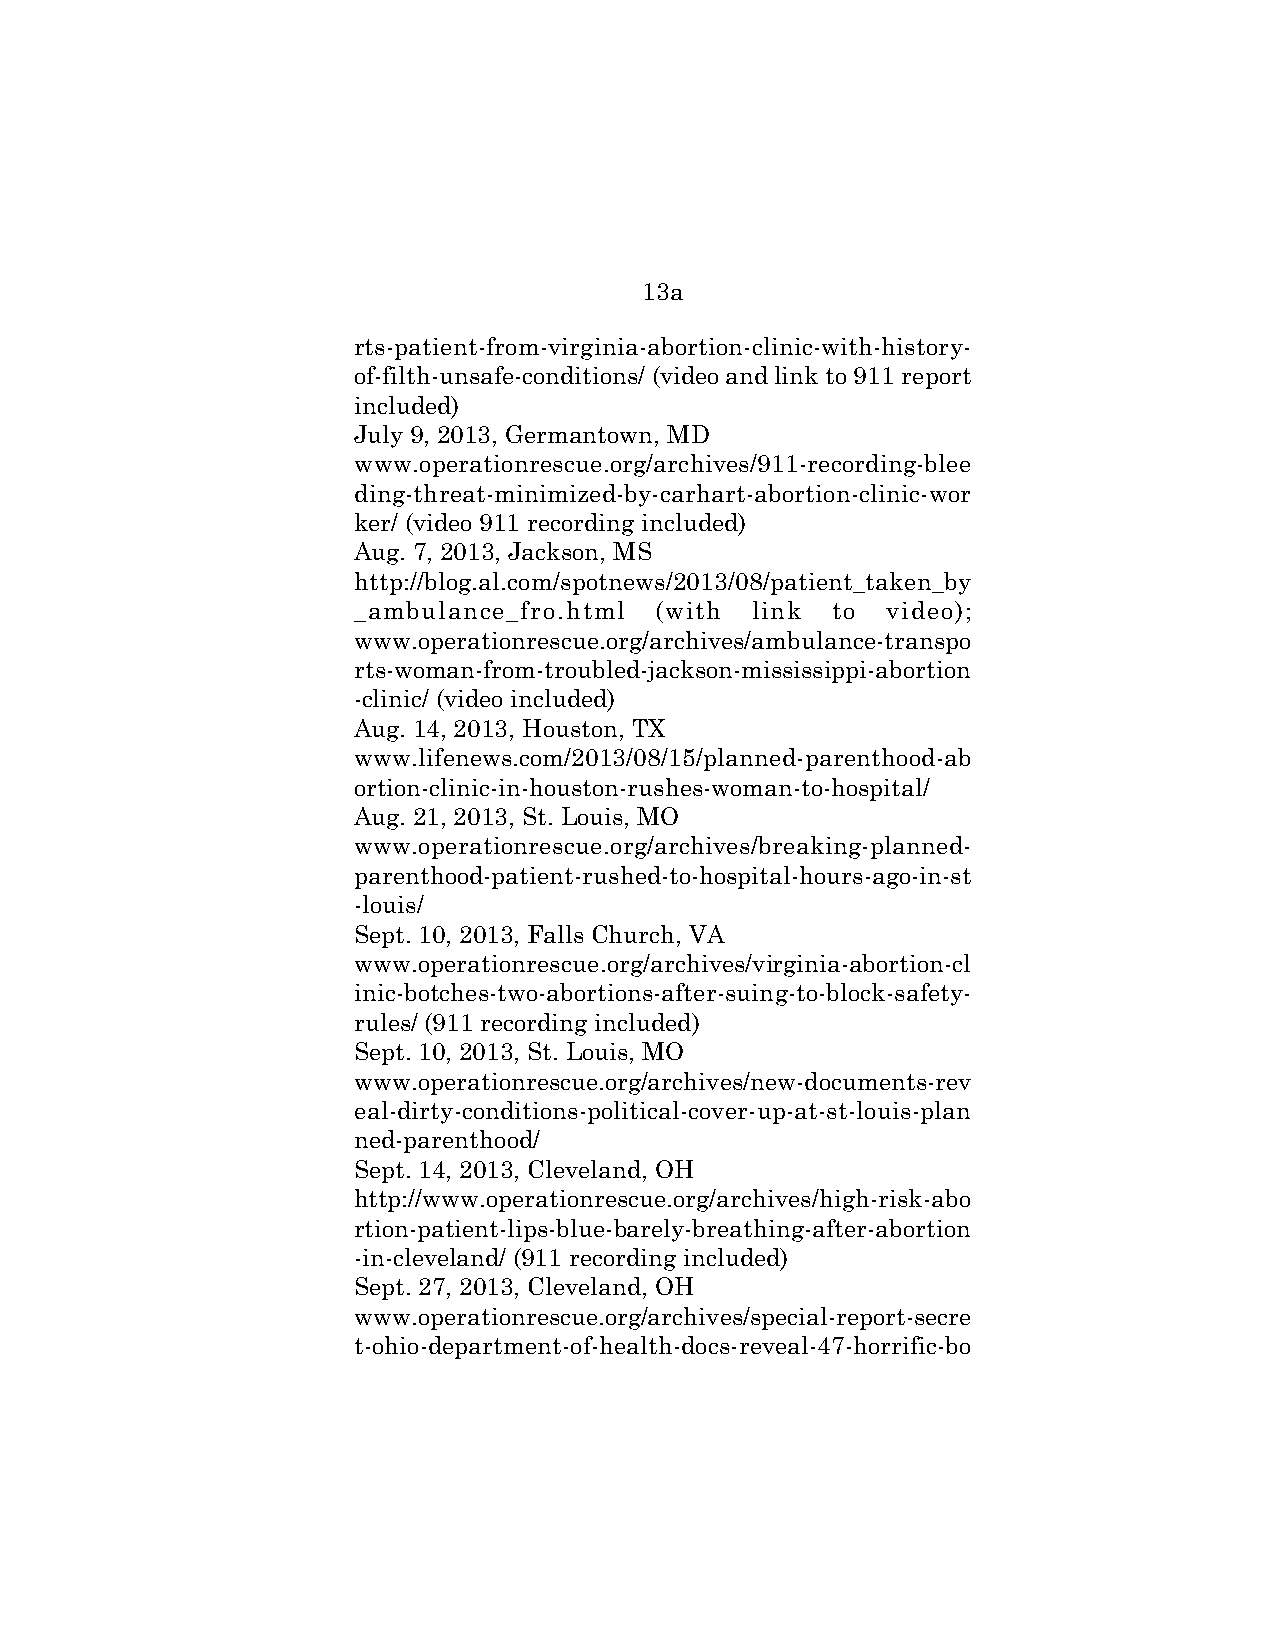
13a
 rts-patient-from-virginia-abortion-clinic-with-history-
 of-filth-unsafe-conditions/ (video and link to 911 report
 included)
 July 9, 2013, Germantown, MD
 www.operationrescue.org/archives/911-recording-blee
 ding-threat-minimized-by-carhart-abortion-clinic-wor
 ker/ (video 911 recording included)
 Aug. 7, 2013, Jackson, MS
 http://blog.al.com/spotnews/2013/08/patient_taken_by
 _ambulance_fro.html (with  link to video);
 www.operationrescue.org/archives/ambulance-transpo
 rts-woman-from-troubled-jackson-mississippi-abortion
 -clinic/ (video included)
 Aug. 14, 2013, Houston, TX
 www.lifenews.com/2013/08/15/planned-parenthood-ab
 ortion-clinic-in-houston-rushes-woman-to-hospital/
 Aug. 21, 2013, St. Louis, MO
 www.operationrescue.org/archives/breaking-planned-
 parenthood-patient-rushed-to-hospital-hours-ago-in-st
 -louis/
 Sept. 10, 2013, Falls Church, VA
 www.operationrescue.org/archives/virginia-abortion-cl
 inic-botches-two-abortions-after-suing-to-block-safety-
 rules/ (911 recording included)
 Sept. 10, 2013, St. Louis, MO
 www.operationrescue.org/archives/new-documents-rev
 eal-dirty-conditions-political-cover-up-at-st-louis-plan
 ned-parenthood/
 Sept. 14, 2013, Cleveland, OH
 http://www.operationrescue.org/archives/high-risk-abo
 rtion-patient-lips-blue-barely-breathing-after-abortion
 -in-cleveland/ (911 recording included)
 Sept. 27, 2013, Cleveland, OH
 www.operationrescue.org/archives/special-report-secre
 t-ohio-department-of-health-docs-reveal-47-horrific-bo